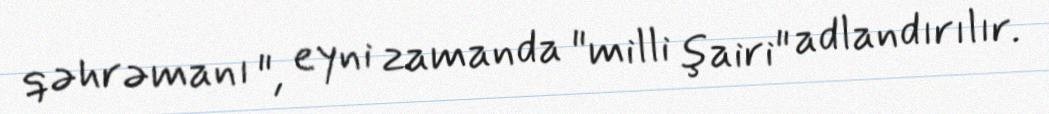
qəhrəmanı ", eyni zamanda "milli şairi" adlandırılır.